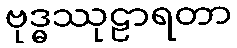
ဗုဒ္ဓဿုဠာရတာ